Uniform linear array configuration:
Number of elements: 12
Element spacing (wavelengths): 0.75
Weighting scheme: hann
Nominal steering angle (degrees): -15
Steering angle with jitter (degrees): -15.724
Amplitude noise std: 0.05
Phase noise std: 0.05

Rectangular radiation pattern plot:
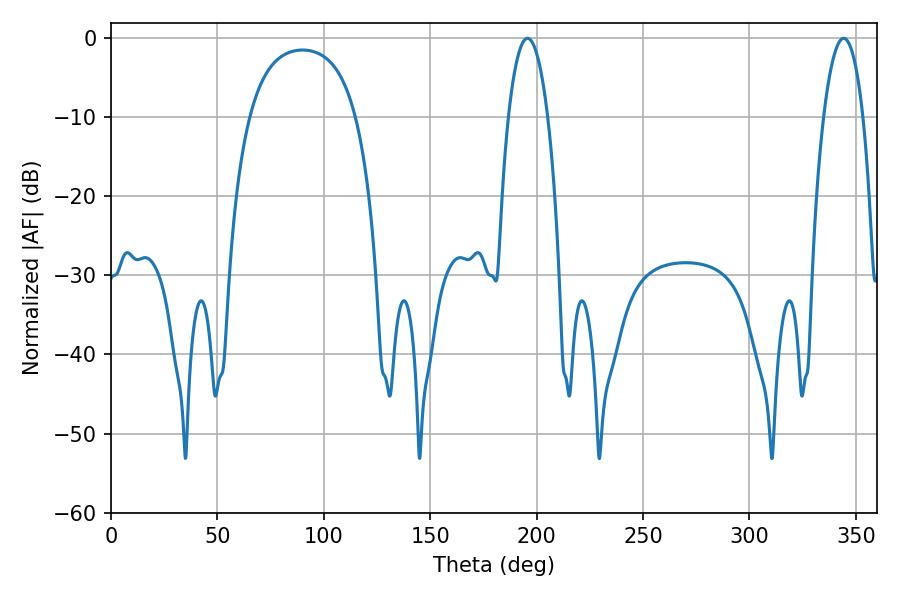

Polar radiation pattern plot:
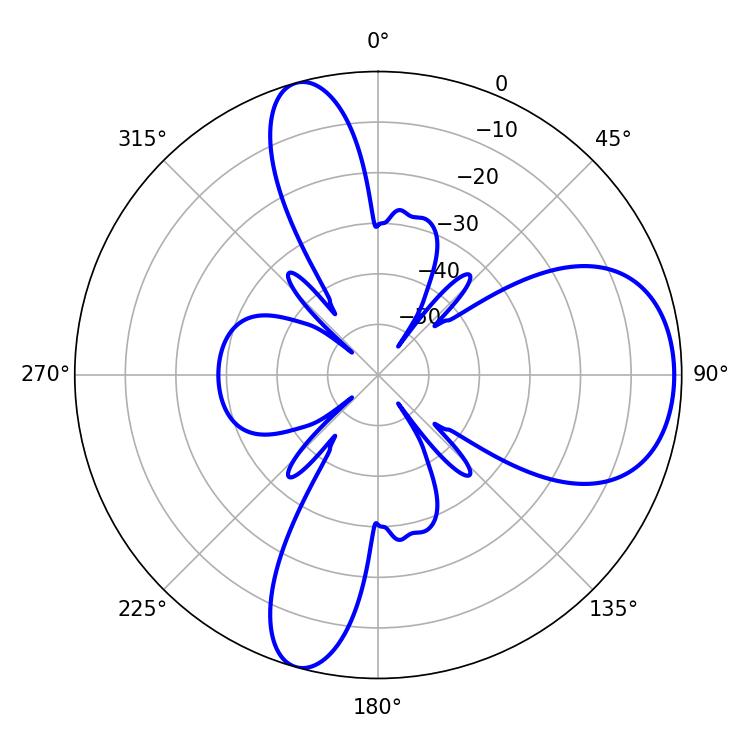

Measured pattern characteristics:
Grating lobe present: TRUE
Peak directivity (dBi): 8.127
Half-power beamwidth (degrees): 10.26
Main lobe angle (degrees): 195.66